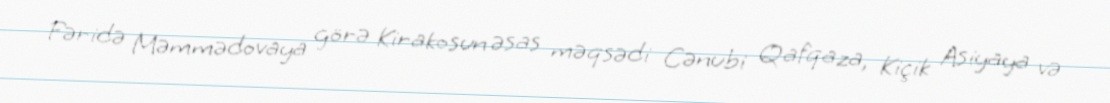
Fəridə Məmmədovaya görə Kirakosun əsas məqsədi Cənubi Qafqaza, Kiçik Asiyaya və